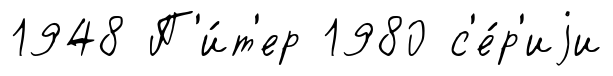
1948 П'и́т'ер 1980 с'е́р'иjи